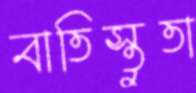
বাতিস্তুতা